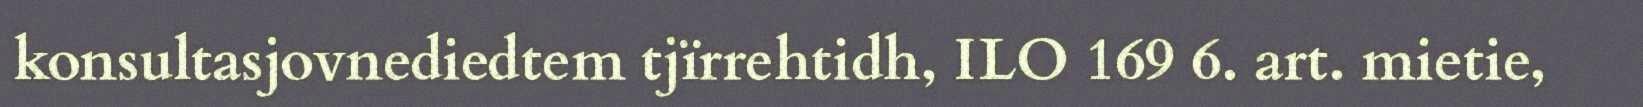
konsultasjovnediedtem tjïrrehtidh, ILO 169 6. art. mietie,